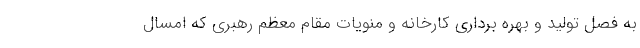
به فصل تولید و بهره برداری کارخانه و منویات مقام معظم رهبری که امسال